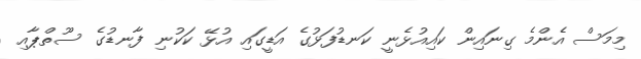
މިމަސް އެންމެ ގިނައިން ކައިއުޅެނީ ކަނޑުފަޅުގެ އަޑީގައި އުޅޭ ކަކުނި ފާނޑުގެ ސޫތްޕާއި